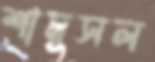
শামুসল